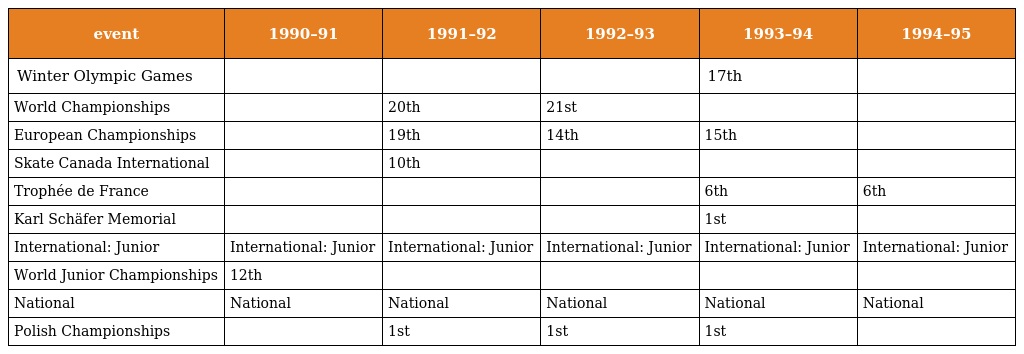
| event | 1990–91 | 1991–92 | 1992–93 | 1993–94 | 1994–95 |
 | --- | --- | --- | --- | --- | --- |
 | Winter Olympic Games |  |  |  | 17th |  |
 | World Championships |  | 20th | 21st |  |  |
 | European Championships |  | 19th | 14th | 15th |  |
 | Skate Canada International |  | 10th |  |  |  |
 | Trophée de France |  |  |  | 6th | 6th |
 | Karl Schäfer Memorial |  |  |  | 1st |  |
 | International: Junior | International: Junior | International: Junior | International: Junior | International: Junior | International: Junior |
 | World Junior Championships | 12th |  |  |  |  |
 | National | National | National | National | National | National |
 | Polish Championships |  | 1st | 1st | 1st |  |